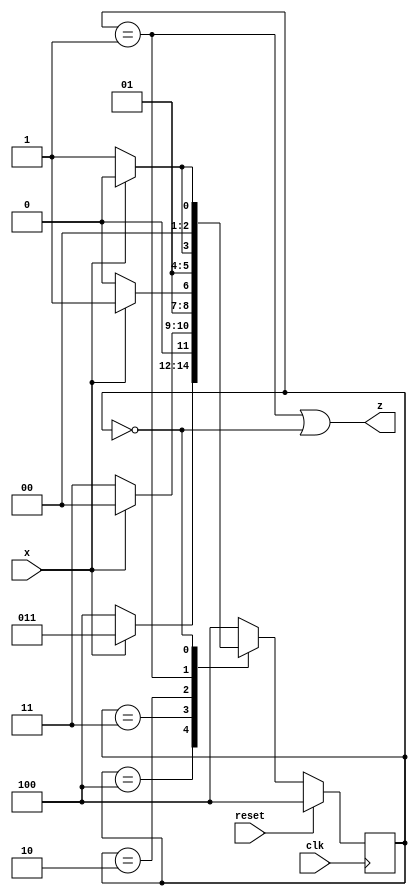
module top_module (
    input clk,
    input reset,   // Synchronous reset
    input x,
    output z
);
    parameter sbit = 3;
    parameter [14:0]S = {3'b000,3'b001,3'b010,3'b011,3'b100};
    reg [2:0]state,next;
    always@(*)begin
        case(state)
            S[0*sbit+2:0*sbit]: next=x?S[1*sbit+2:1*sbit]:S[0*sbit+2:0*sbit];
            S[1*sbit+2:1*sbit]: next=x?S[4*sbit+2:4*sbit]:S[1*sbit+2:1*sbit];
            S[2*sbit+2:2*sbit]: next=x?S[1*sbit+2:1*sbit]:S[2*sbit+2:2*sbit];
            S[3*sbit+2:3*sbit]: next=x?S[2*sbit+2:2*sbit]:S[1*sbit+2:1*sbit];
            S[4*sbit+2:4*sbit]: next=x?S[4*sbit+2:4*sbit]:S[3*sbit+2:3*sbit];
            default: next=S[0*sbit+2:0*sbit];
        endcase
    end
    always@(posedge clk)begin
        if(reset) state <= S[0*sbit+2:0*sbit];
        else state <= next;
    end
    assign z = state==S[3*sbit+2:3*sbit] | state==S[4*sbit+2:4*sbit];
endmodule